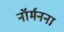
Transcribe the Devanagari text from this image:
नॉर्मनना